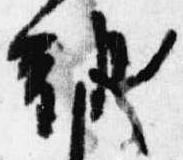
朝